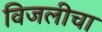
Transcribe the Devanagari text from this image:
विजलीचा